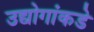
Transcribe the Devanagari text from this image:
उद्योगांकडे